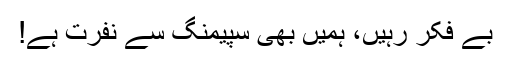
بے فکر رہیں، ہمیں بھی سپیمنگ سے نفرت ہے!